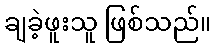
ချခဲ့ဖူးသူ ဖြစ်သည်။